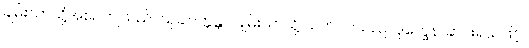
ချမ်းသာသို့အစဉ်ကျသည်။ သုခါဝက္ကန္တာ၊ ချမ်းသာသို့ သက်ဝင်သည်။ ဒုက္ခေန၊ ဆင်းရဲသဖြင့်။